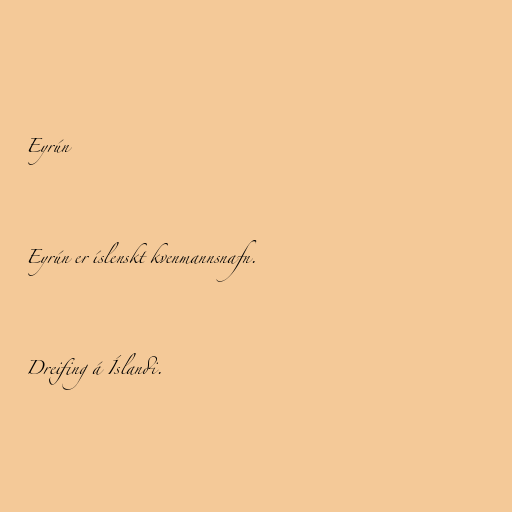
Eyrún

Eyrún er íslenskt kvenmannsnafn.

Dreifing á Íslandi.